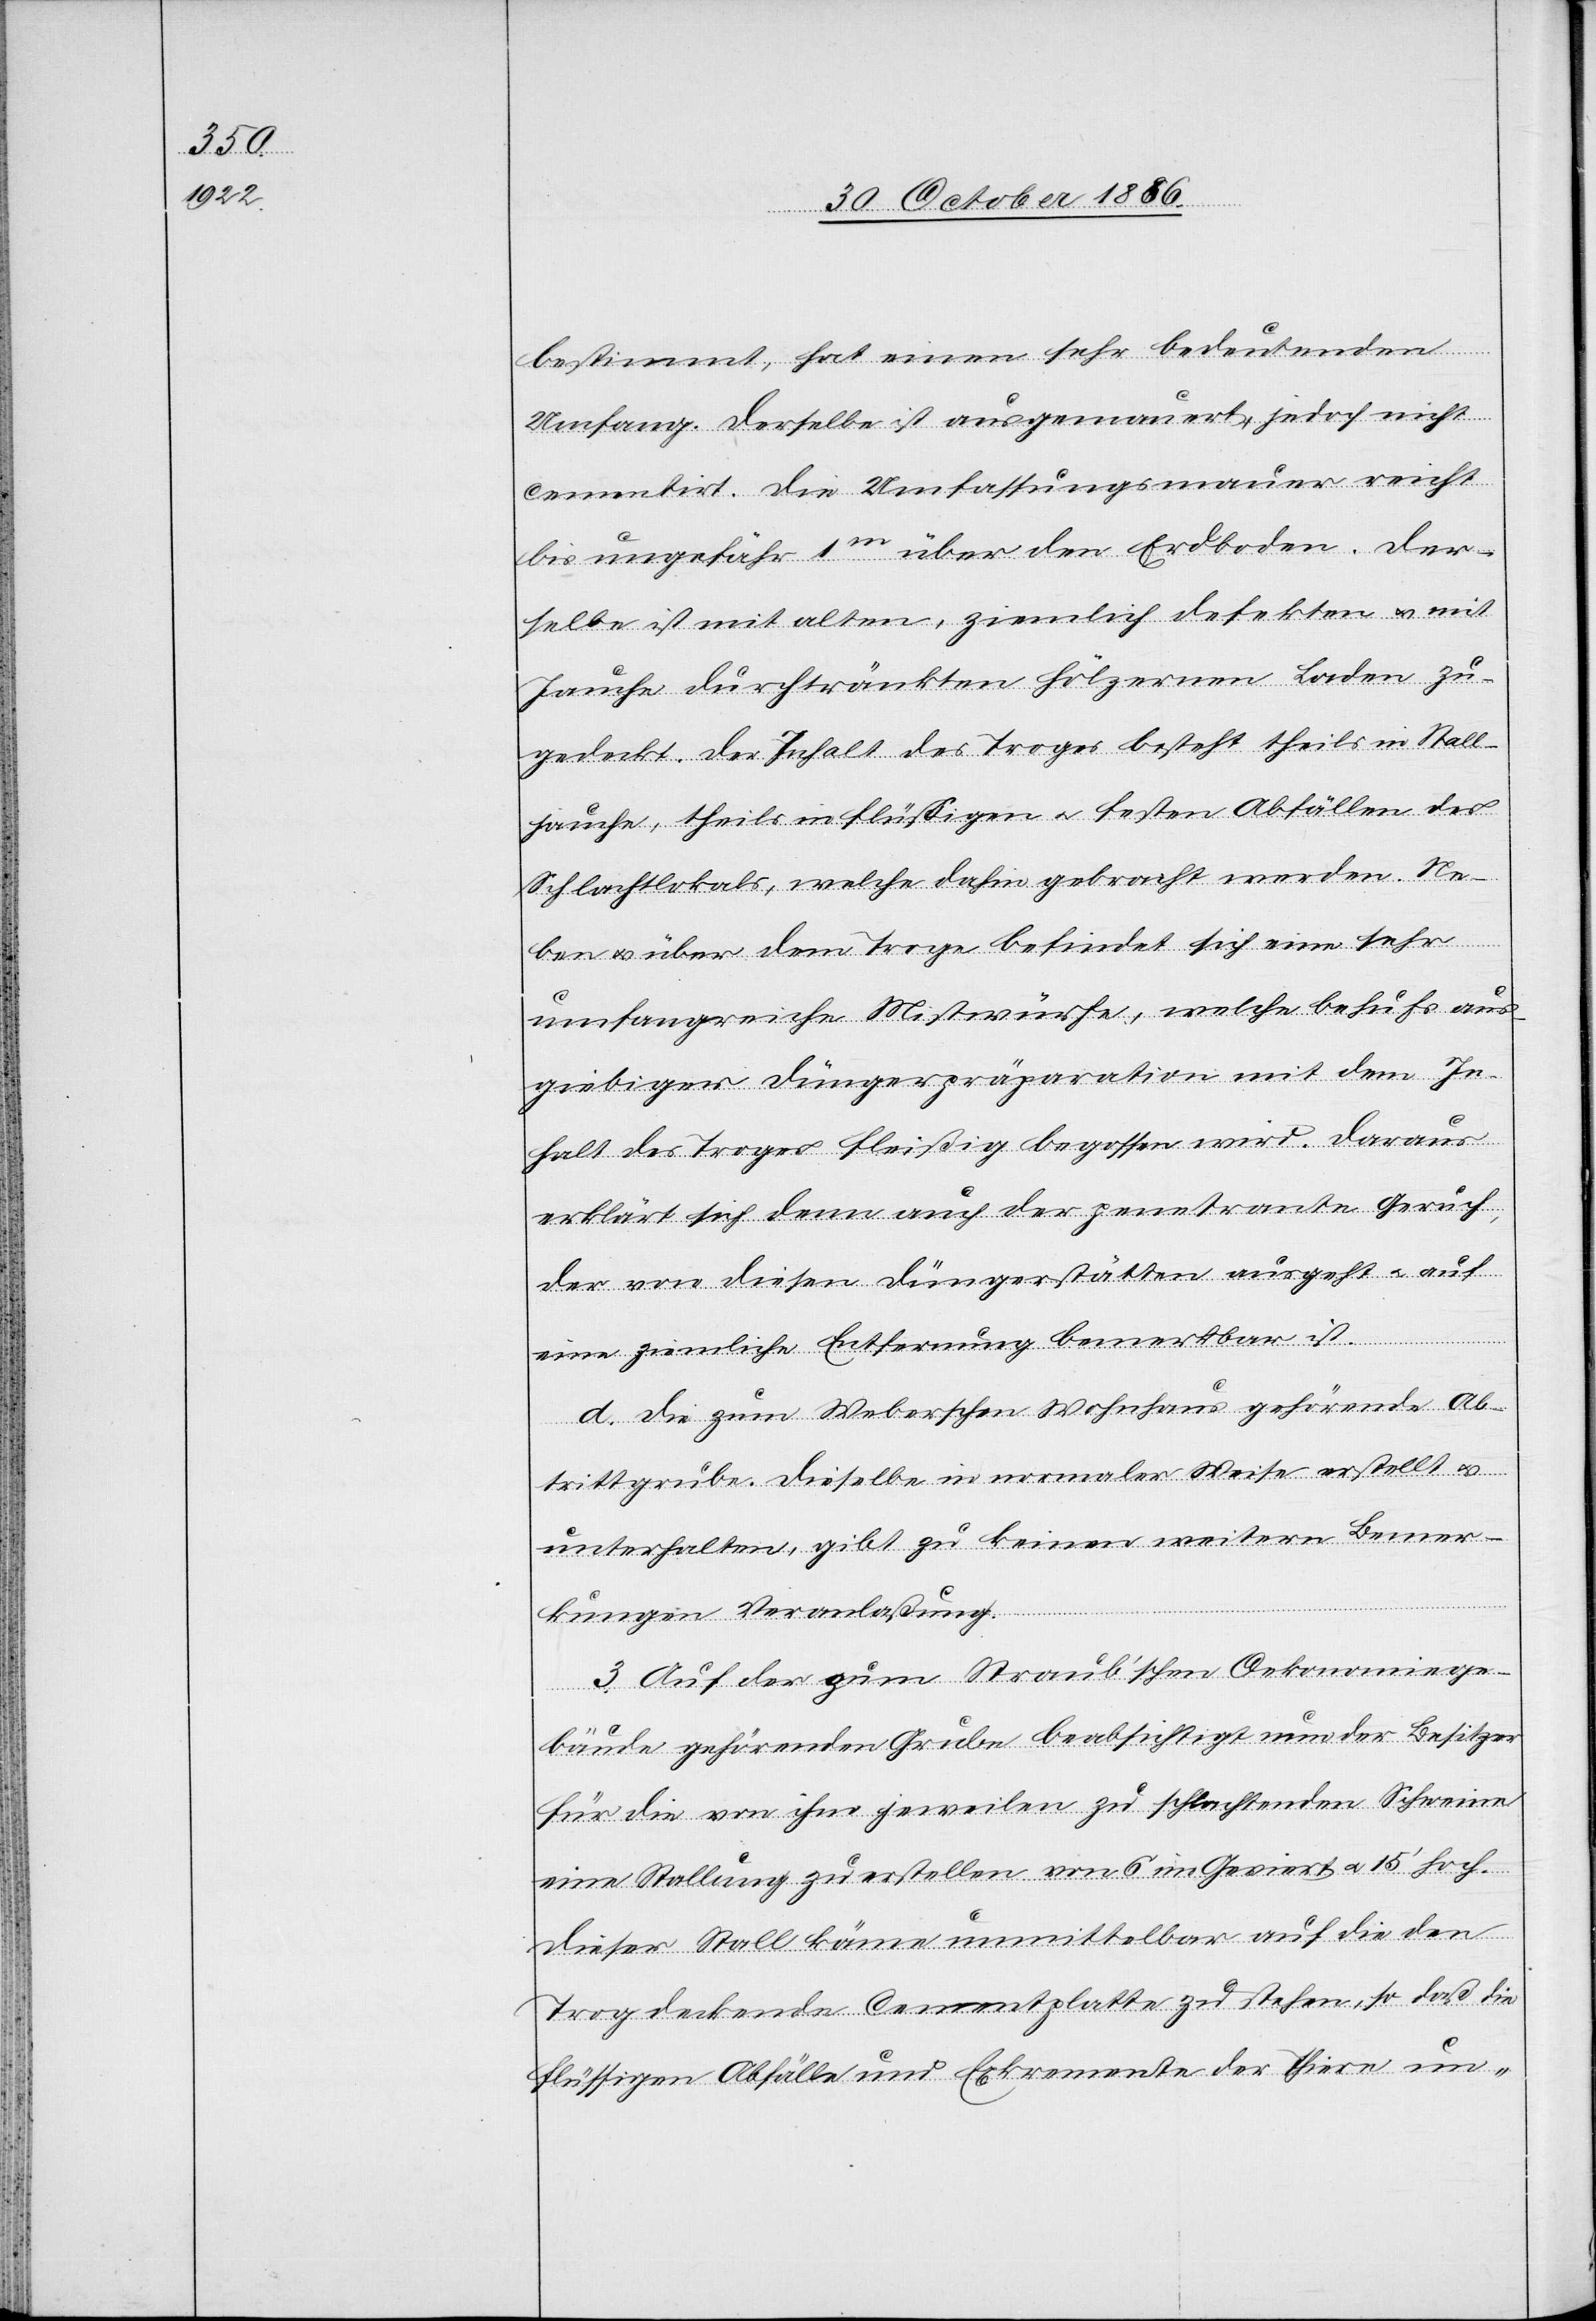
bestimmt, hat einen sehr bedeutenden
Umfang. Derselbe ist ausgemauert, jedoch nicht
cementirt. Die Umfassungsmauer reicht
bis ungefähr 1m über den Erdboden. Der¬
selbe ist mit alten, ziemlich defekten & mit
Jauche durchtränkten hölzernen Laden zu¬
gedeckt. Der Inhalt des Troges besteht theils in Stall¬
jauche, theils in flüssigen & festen Abfällen des
Schlachtlokals, welche dahin gebracht werden. Ne¬
ben & über dem Troge befindet sich eine sehr
umfangreiche Mistwürfe, welche behufs aus¬
giebiger Düngerpräparation mit dem In¬
halt des Troges fleißig begossen wird. Daraus
erklärt sich denn auch der penetrante Geruch,
der von diesen Düngerstätten ausgeht & auf
eine ziemliche Entfernung bemerkbar ist.
d. Die zum Weberschen Wohnhaus gehörende Ab¬
trittgrube. Dieselbe in normaler Weise erstellt &
unterhalten, gibt zu keinen weitern Bemer¬
kungen Veranlaßung.
3. Auf der zum Straub’schen Oekonomiege¬
bäude gehörenden Grube beabsichtigt nun der Besitzer
für die von ihm jeweilen zu schlachtenden Schweine
eine Stallung zu erstellen von 6 im Geviert à 15‘ hoch.
Dieser Stall käme unmittelbar auf die den
Trog deckende Cementplatte zu stehen, so daß die
flüssigen Abfälle und Exkremente der Thiere un-